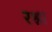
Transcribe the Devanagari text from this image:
रश्ना